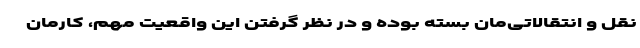
نقل و انتقالاتی‌مان بسته بوده و در نظر گرفتن این واقعیت مهم، کارمان